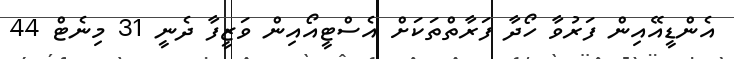
އެންޑީއޭއިން ފަރުވާ ހޯދާ ފަރާތްތަކަށް އެސްޓީއޯއިން ވަޒީފާ ދެނީ 31 މިނެޓް 44